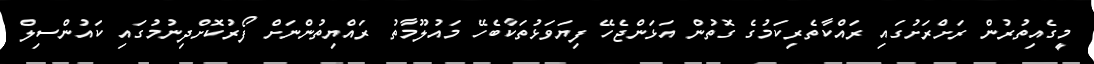
މީގެއިތުރުން ރަށްރަށުގައި ރައްކާތެރިކަމުގެ ގޮތުން އަޅަންޖެހޭ ފިޔަވަޅުތަކާބެހޭ މައުލޫމާތު ރައްޔިތުންނަށް ފޯރުކޮށްދިނުމުގައި ކައުންސިލް